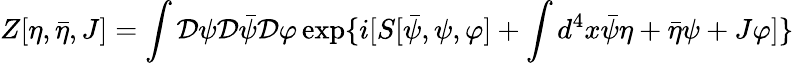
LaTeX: Z[\eta,\bar{\eta},J]=\int{\cal D}\psi{\cal D}\bar{\psi}{\cal D}\varphi\exp\{ i[S[\bar{\psi},\psi,\varphi]+\int d^{4}x\bar{\psi}\eta+\bar{\eta}\psi+J\varphi]\}